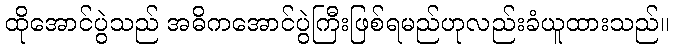
ထိုအောင်ပွဲသည် အဓိကအောင်ပွဲကြီးဖြစ်ရမည်ဟုလည်းခံယူထားသည်။